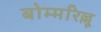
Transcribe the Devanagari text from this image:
बोम्मरिल्लू